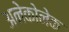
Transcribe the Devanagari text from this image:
अनेकोनेक